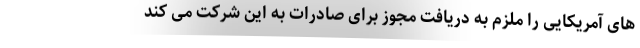
های آمریکایی را ملزم به دریافت مجوز برای صادرات به این شرکت می کند